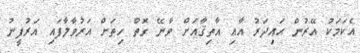
އެކަމަކު އޭރުން ޙައިދަރު އާއި އާތިޤާއަށް ވާނޭ ގޮތް ހިތަށް އަރުވާލާފައި އަރުފީނު